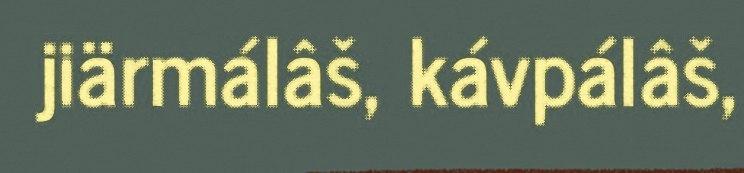
jiärmálâš, kávpálâš,